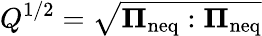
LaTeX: Q^{1/2}=\sqrt{\mathbf{\Pi}_{\mathrm{neq}}:\mathbf{\Pi}_{\mathrm{neq}}}